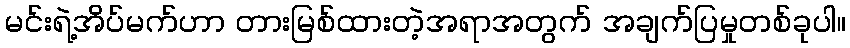
မင်းရဲ့အိပ်မက်ဟာ တားမြစ်ထားတဲ့အရာအတွက် အချက်ပြမှုတစ်ခုပါ။